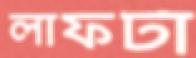
লাফটা